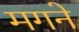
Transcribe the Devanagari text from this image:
मगने